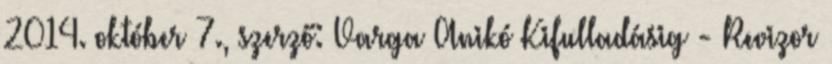
2014. október 7., szerző: Varga Anikó Kifulladásig - Revizor